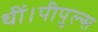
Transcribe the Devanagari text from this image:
थीं।पीपुल्स